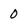
Character: 0